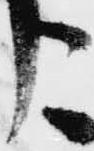
う